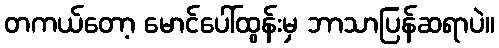
တကယ်တော့ မောင်ပေါ်ထွန်းမှ ဘာသာပြန်ဆရာပဲ။